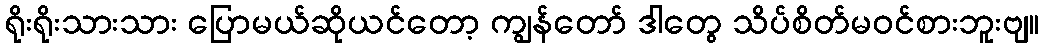
ရိုးရိုးသားသား ပြောမယ်ဆိုယင်တော့ ကျွန်တော် ဒါတွေ သိပ်စိတ်မဝင်စားဘူးဗျ။